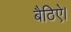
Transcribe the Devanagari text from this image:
बैठिऐ।